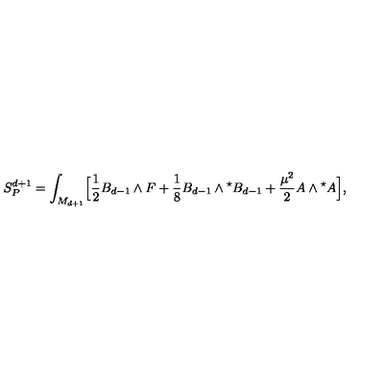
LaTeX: S _ { P } ^ { d + 1 } = \int _ { M _ { d + 1 } } \Bigl [ { \frac { 1 } { 2 } } B _ { d - 1 } \wedge F + { \frac { 1 } { 8 } } B _ { d - 1 } \wedge { } ^ { \star } B _ { d - 1 } + { \frac { \mu ^ { 2 } } { 2 } } A \wedge { } ^ { \star } A \Bigl ] ,